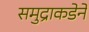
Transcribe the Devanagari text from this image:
समुद्राकडेने